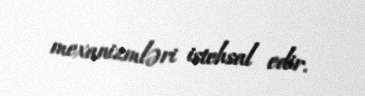
mexanizmləri istehsal edir.